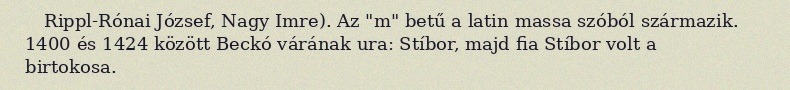
Rippl-Rónai József, Nagy Imre). Az "m" betű a latin massa szóból származik. 1400 és 1424 között Beckó várának ura: Stíbor, majd fia Stíbor volt a birtokosa.